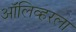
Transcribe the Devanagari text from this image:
ऑलिव्हरला